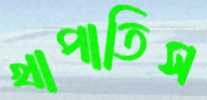
খাপাতিস